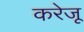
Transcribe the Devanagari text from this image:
करेजू